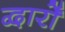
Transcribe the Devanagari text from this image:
द्वार्रों